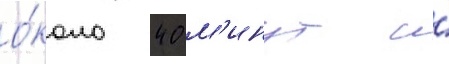
о́коло 40 м'инут и́